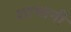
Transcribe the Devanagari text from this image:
शामानी